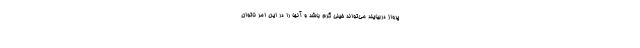
پرواز دربیایند می‌تواند خیلی گرم باشد و آنها را در این امر ناتوان